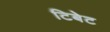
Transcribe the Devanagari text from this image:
टिबेट